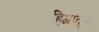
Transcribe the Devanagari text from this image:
हिम्मद्गढ़